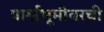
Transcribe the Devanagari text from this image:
पार्श्वभूमीवरची